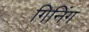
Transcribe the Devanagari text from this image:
गिनिंग